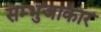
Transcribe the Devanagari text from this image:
सम्भुजाकार